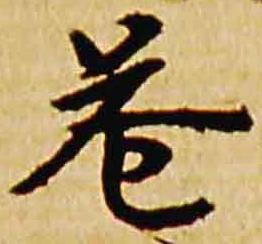
巷